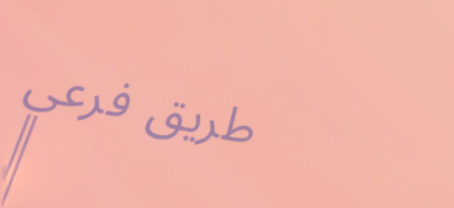
طريق فرعي